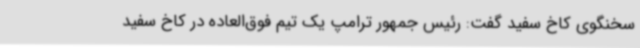
سخنگوی کاخ سفید گفت: رئیس جمهور ترامپ یک تیم فوق‌العاده در کاخ سفید